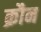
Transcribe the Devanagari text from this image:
क्रौन